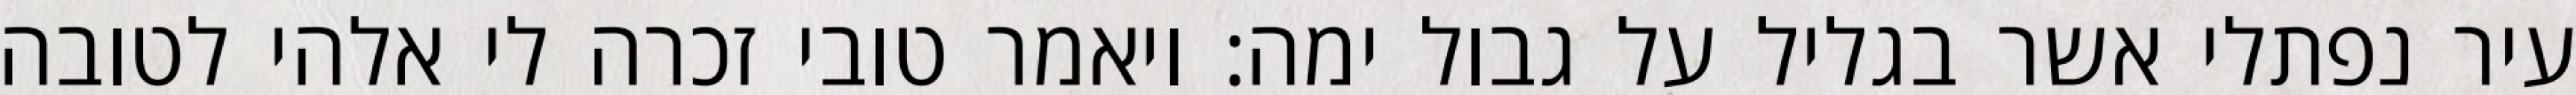
עיר נפתלי אשר בגליל על גבול ימה: ויאמר טובי זכרה לי אלהי לטובה